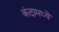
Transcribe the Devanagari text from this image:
कंदामध्ये